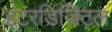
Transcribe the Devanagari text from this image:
इंटरडिजिटल